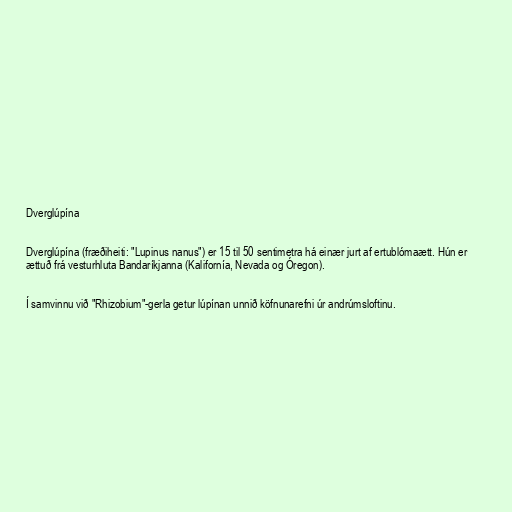
Dverglúpína

Dverglúpína (fræðiheiti: "Lupinus nanus") er 15 til 50 sentimetra há einær jurt af ertublómaætt. Hún er
ættuð frá vesturhluta Bandaríkjanna (Kalifornía, Nevada og Óregon).

Í samvinnu við "Rhizobium"-gerla getur lúpínan unnið köfnunarefni úr andrúmsloftinu.